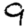
Digit: 9